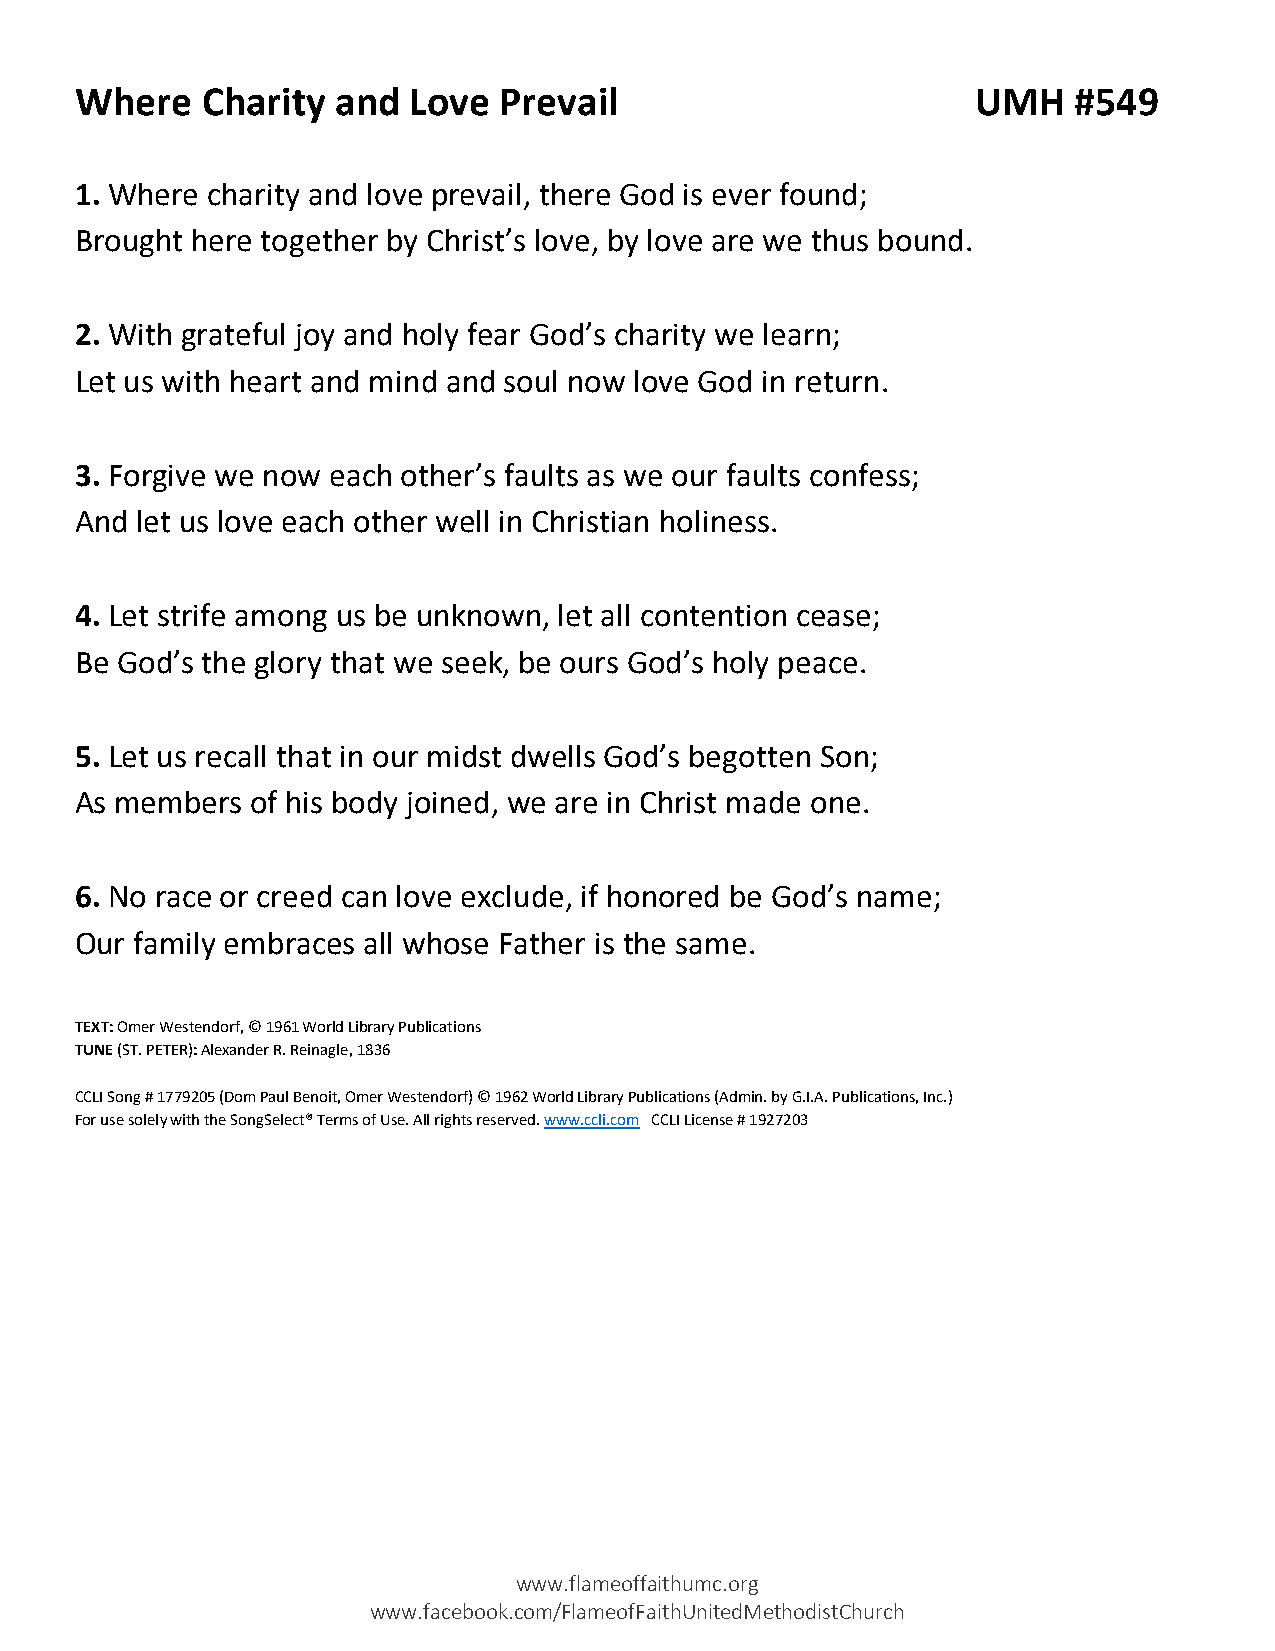
Where   Charity  and  Love  Prevail                         UMH   #549
 1. Where charity and love prevail, there God is ever found;
 Brought here together by Christ’s love, by love are we thus bound.
 2. With grateful joy and holy fear God’s charity we learn;
 Let us with heart and mind and soul now love God in return.
 3. Forgive we now each other’s faults as we our faults confess;
 And let us love each other well in Christian holiness.
 4. Let strife among us be unknown, let all contention cease;
 Be God’s the glory that we seek, be ours God’s holy peace.
 5. Let us recall that in our midst dwells God’s begotten Son;
 As members  of his body joined, we are in Christ made one.
 6. No race or creed can love exclude, if honored be God’s name;
 Our family embraces all whose Father is the same.
 TEXT: Omer Westendorf, © 1961 World Library Publications
 TUNE (ST. PETER): Alexander R. Reinagle, 1836
 CCLI Song # 1779205 (Dom Paul Benoit, Omer Westendorf) © 1962 World Library Publications (Admin. by G.I.A. Publications, Inc.)
 For use solely with the SongSelect® Terms of Use. All rights reserved. www.ccli.com CCLI License # 1927203
 www.flameoffaithumc.org
 www.facebook.com/FlameofFaithUnitedMethodistChurch